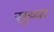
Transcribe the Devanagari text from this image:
सुय्या